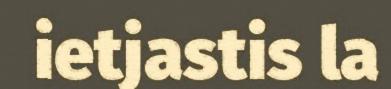
ietjastis la